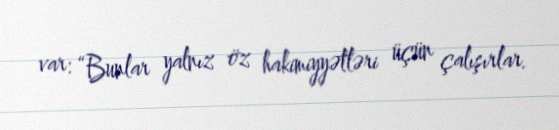
var: “Bunlar yalnız öz hakimiyyətləri üçün çalışırlar.